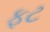
ફટ